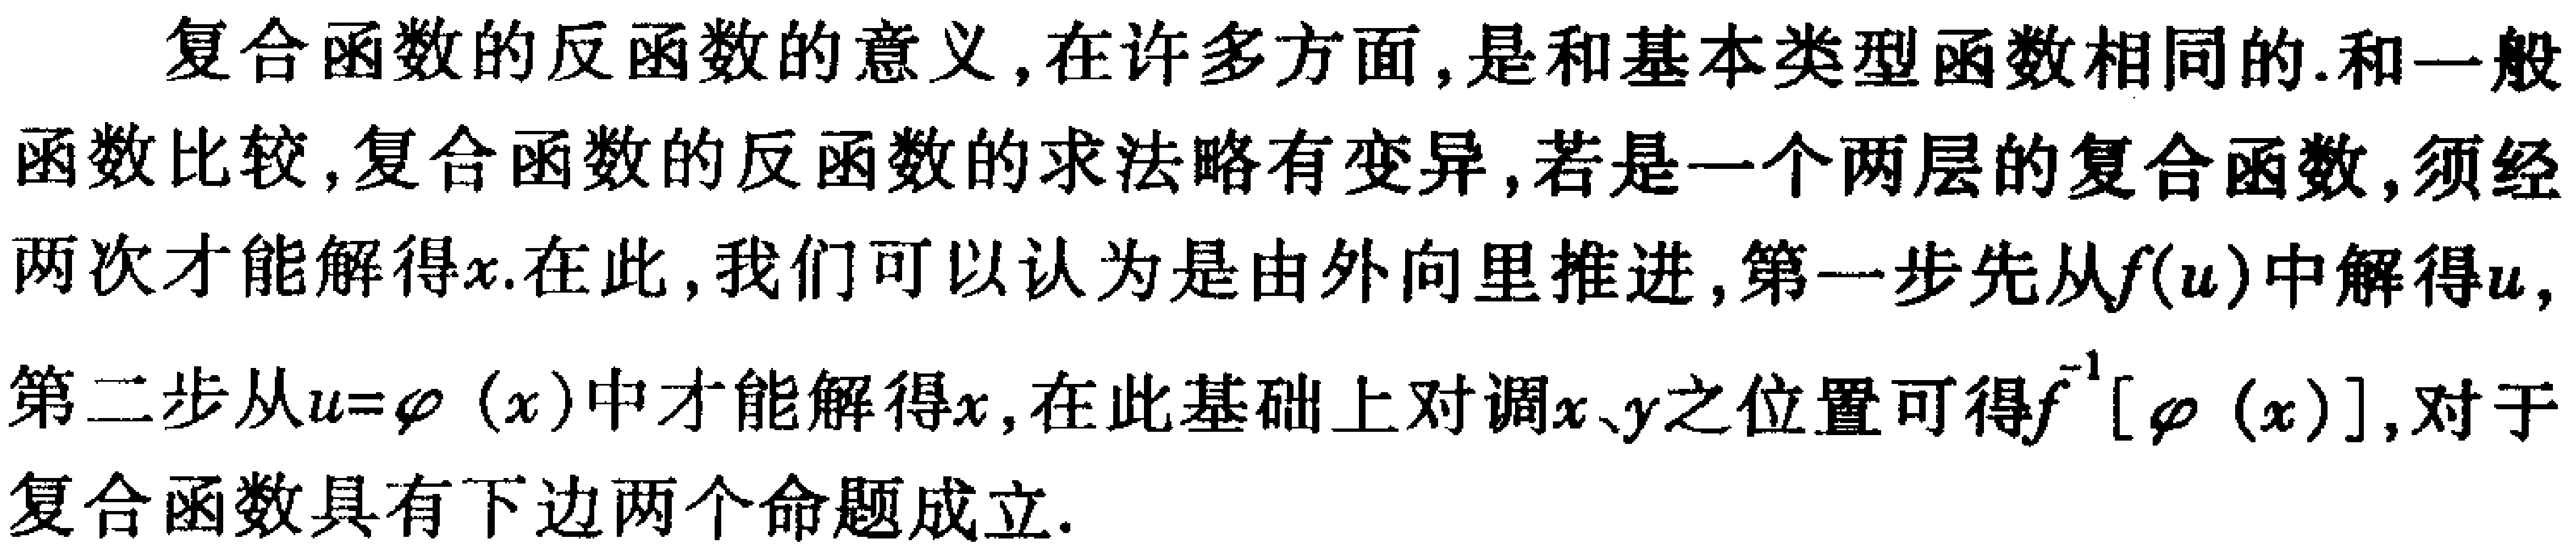
复合函数的反函数的意义,在许多方面,是和基本类型函数相同的.和一般函数比较,复合函数的反函数的求法略有变异,若是一个两层的复合函数,须经两次才能解得\(x\).在此,我们可以认为是由外向里推进,第一步先从\(f(u)\)中解得\(u\),第二步从\(u = \varphi(x)\)中才能解得\(x\),在此基础上对调\(x、y\)之位置可得\(f^{-1}[\varphi(x)]\),对于复合函数具有下边两个命题成立.